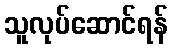
သူလုပ်ဆောင်ရန်